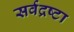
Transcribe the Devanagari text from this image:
सर्वद्रष्टा